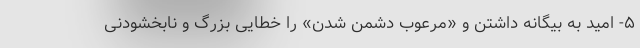
۵- امید به بیگانه داشتن و «مرعوب دشمن شدن» را خطایی بزرگ و نابخشودنی